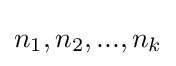
n_{1},n_{2},...,n_{k}